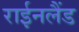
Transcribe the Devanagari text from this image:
राईनलैंड